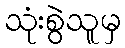
သုံးစွဲသူမှ